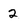
Character: 2